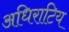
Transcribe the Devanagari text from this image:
अधिराटिय